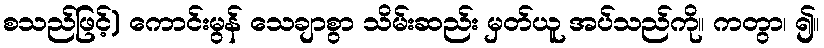
စသည်ဖြင့်) ကောင်းမွန် သေချာစွာ သိမ်းဆည်း မှတ်ယူ အပ်သည်ကို။ ကတွာ၊ ၍။